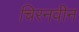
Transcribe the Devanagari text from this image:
चिरनवीन